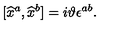
\lbrack \widehat { x } ^ { a } , \widehat { x } ^ { b } ] = i \vartheta \epsilon ^ { a b } .